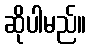
ဆိုပါမည်။